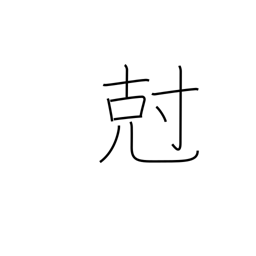
Meaning: subdue